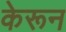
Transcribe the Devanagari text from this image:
केरून